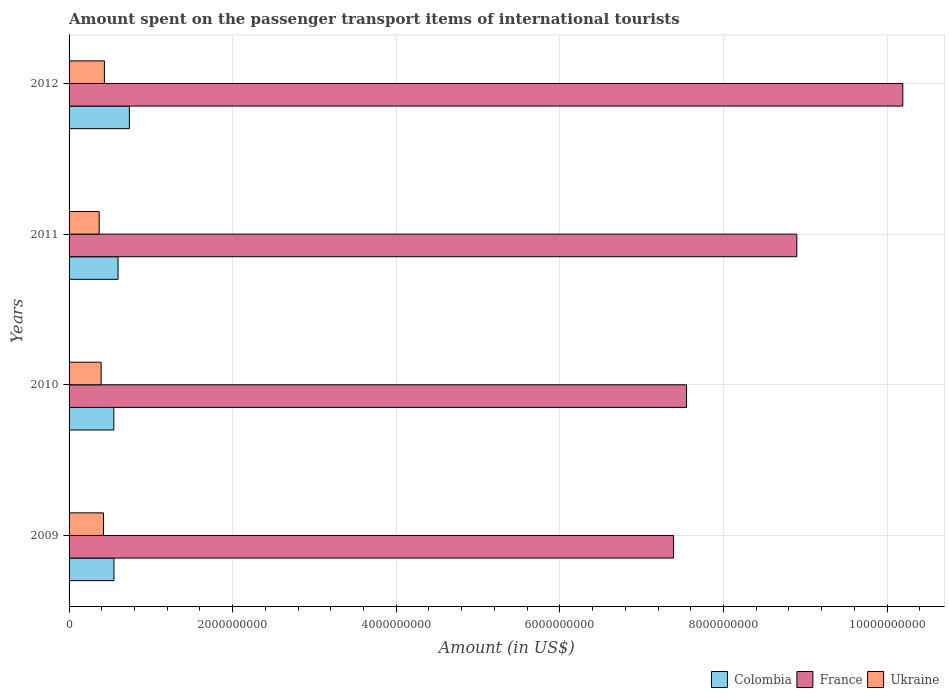
| Years | Colombia | France | Ukraine |
 | --- | --- | --- | --- |
 | 2009 | 5.49e+08 | 7.39e+09 | 4.21e+08 |
 | 2010 | 5.47e+08 | 7.55e+09 | 3.92e+08 |
 | 2011 | 5.99e+08 | 8.9e+09 | 3.68e+08 |
 | 2012 | 7.37e+08 | 1.02e+10 | 4.32e+08 |